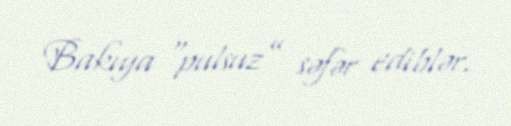
Bakıya “pulsuz” səfər ediblər.